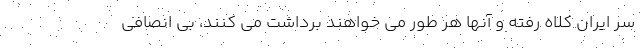
سر ایران کلاه رفته و آنها هر طور می خواهند برداشت می کنند، بی انصافی